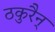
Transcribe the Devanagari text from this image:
ठकुरैन्